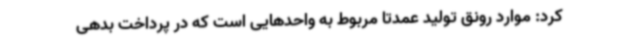
کرد: موارد رونق تولید عمدتا مربوط به واحدهایی است که در پرداخت بدهی